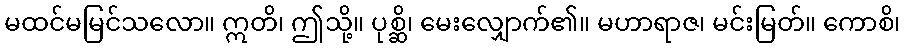
မထင်မမြင်သလော။ ဣတိ၊ ဤသို့။ ပုစ္ဆိ၊ မေးလျှောက်၏။ မဟာရာဇ၊ မင်းမြတ်။ ကောစိ၊